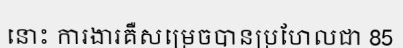
នោះ ការងារគឺសម្រេចបានប្រហែលជា 85